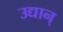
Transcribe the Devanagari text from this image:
उद्यान्